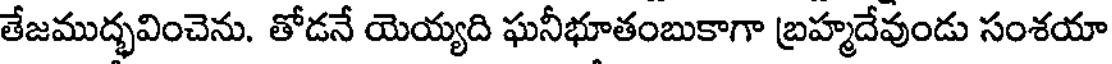
తేజముద్భవించెను. తోడనే యెయ్యది ఘనీభూతంబుకాగా బ్రహ్మదేవుండు సంశయా